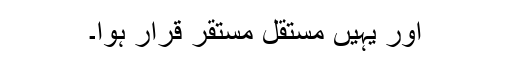
اور یہیں مستقل مستقر قرار ہوا۔